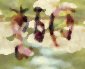
কুচতে